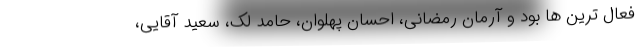
فعال ترین ها بود و آرمان رمضانی، احسان پهلوان، حامد لک، سعید آقایی،